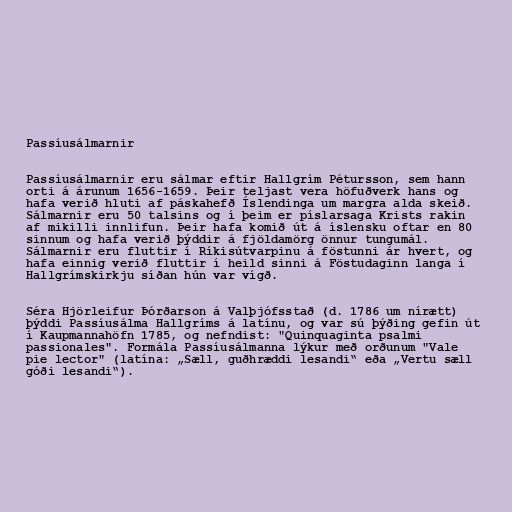
Passíusálmarnir

Passíusálmarnir eru sálmar eftir Hallgrím Pétursson, sem hann
orti á árunum 1656-1659. Þeir teljast vera höfuðverk hans og
hafa verið hluti af páskahefð Íslendinga um margra alda skeið.
Sálmarnir eru 50 talsins og í þeim er píslarsaga Krists rakin
af mikilli innlifun. Þeir hafa komið út á íslensku oftar en 80
sinnum og hafa verið þýddir á fjöldamörg önnur tungumál.
Sálmarnir eru fluttir í Ríkisútvarpinu á föstunni ár hvert, og
hafa einnig verið fluttir í heild sinni á Föstudaginn langa í
Hallgrímskirkju síðan hún var vígð.

Séra Hjörleifur Þórðarson á Valþjófsstað (d. 1786 um nírætt)
þýddi Passíusálma Hallgríms á latínu, og var sú þýðing gefin út
í Kaupmannahöfn 1785, og nefndist: "Quinquaginta psalmi
passionales". Formála Passíusálmanna lýkur með orðunum "Vale
pie lector" (latína: „Sæll, guðhræddi lesandi“ eða „Vertu sæll
góði lesandi“).